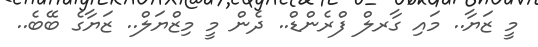
މީ ޒަޔާ.. މައި ގާރލް ފްރެންޑް.. ދެން މީ މިޒްޔަލް.. ޒަޔާގެ ބޭބެ..